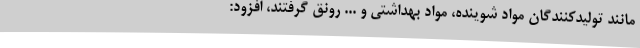
مانند تولیدکنندگان مواد شوینده، مواد بهداشتی و ... رونق گرفتند، افزود: